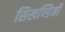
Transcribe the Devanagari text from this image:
सिखण्डिनी